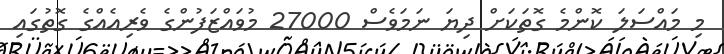
މި މައްސަލަ ކޮންމެ ގޮތަކަށް ދިޔަ ނަމަވެސް 27000 މުވައްޒަފުންގެ ވެރިއެއްގެ ގޮތުގައި